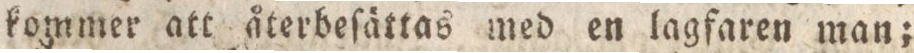
kommer att återbeſättas med en lagfaren man;